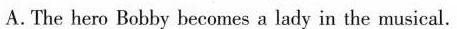
A. The hero Bobby becomes a lady in the musical.